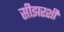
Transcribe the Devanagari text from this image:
सीझरशी